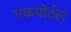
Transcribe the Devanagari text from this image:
एकपोर्टल